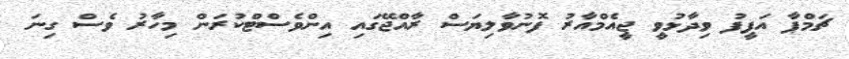
ޗަމްޕާ އަފީފު ވިދާޅުވީ ޖީއެމްއާރު ފޮނުވާލިޔަސް ރާއްޖޭގައި އިންވެސްޓްކުރަން މިހާރު ވެސް ގިނަ